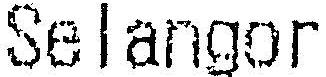
SELANGOR